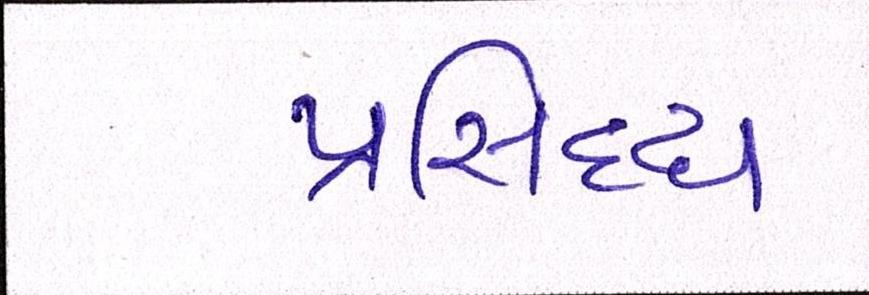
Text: પ્રસિધ્ધ